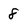
Character: 8